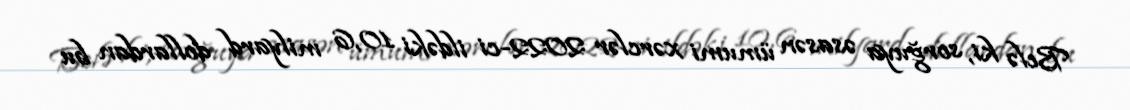
Belə ki, sorğuya əsasən ümumi xərclər 2022-ci ildəki 10,6 milyard dollardan bu